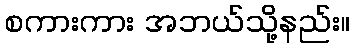
စကားကား အဘယ်သို့နည်း။